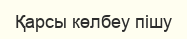
Қарсы көлбеу пішу